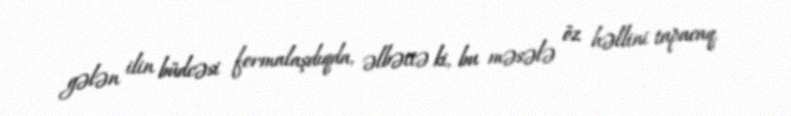
gələn ilin büdcəsi formalaşdıqda, əlbəttə ki, bu məsələ öz həllini tapacaq.